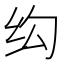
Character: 𬘗